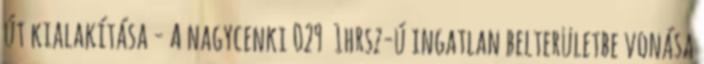
út kialakítása - A nagycenki 029 1hrsz-ú ingatlan belterületbe vonása